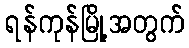
ရန်ကုန်မြို့အတွက်